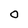
Character: 0